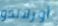
أورلاندو